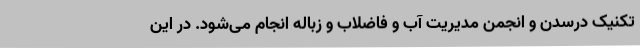
تکنیک درسدن و انجمن مدیریت آب و فاضلاب و زباله انجام می‌شود. در این